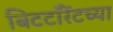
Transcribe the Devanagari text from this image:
बिटटॉरेंटच्या